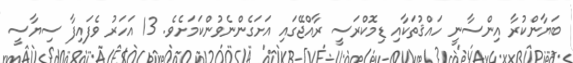
ބަޔާންކުރާ އިންސާނީ ހައްޤުތަކާއި ޑިމޮކްރަސީ ރާއްޖޭގައި އަށަގެންނެވުންކަމަށެވެ. 13 އަހަރު ވެފައިފާ ސިޔާސީ